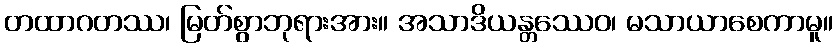
တထာဂတဿ၊ မြတ်စွာဘုရားအား။ အသာဒိယန္တဿေဝ၊ မသာယာစေကာမူ။